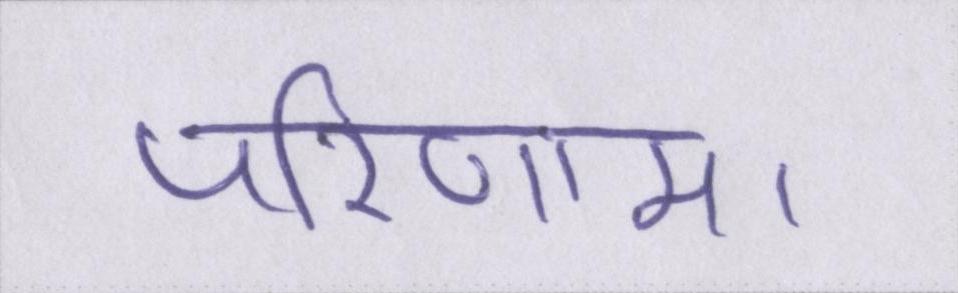
परिणाम।